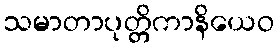
သမာတာပုတ္တိကာနိယေဝ